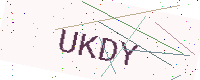
Text: UKDY